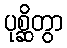
ပုစ္ဆိတွာ